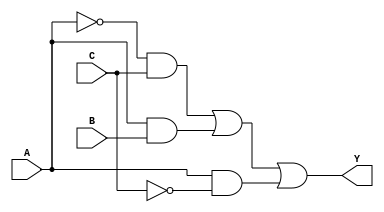
module kmap_3var (
    input wire A,   // Input variable A
    input wire B,   // Input variable B
    input wire C,   // Input variable C
    output wire Y   // Output Y based on the K-map
);

// Define the K-map output using the derived logic expression
// The function can be implemented from the K-map simplification.
// Assuming the following minterms result in output Y = 1:
// Minterms: 1 (001), 3 (011), 5 (101), 7 (111). 
// The corresponding simplified SOP expression is: 
// Y = A'C + AB + AC

assign Y = (~A & C) | (A & B) | (A & ~C);

endmodule